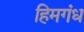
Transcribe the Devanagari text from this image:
हिमगंध